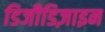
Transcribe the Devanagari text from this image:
डिजीडिज़ाइन